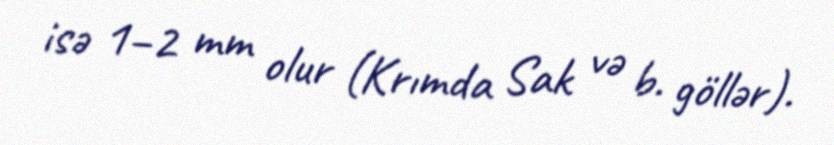
isə 1–2 mm olur (Krımda Sak və b. göllər).